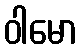
ဝါမော